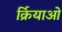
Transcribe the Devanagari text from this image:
र्क्रियाओं